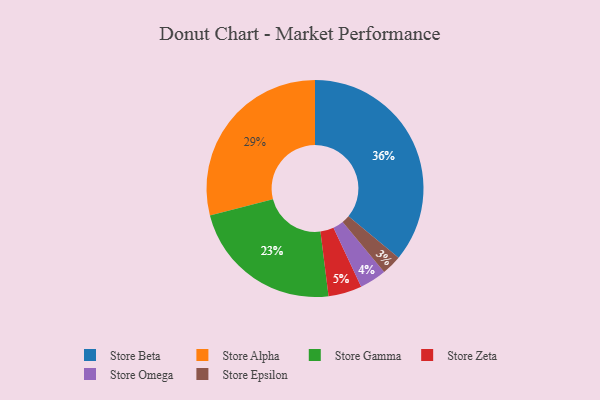
{"axis": {"x": "Category", "y": "Percentage"}, "legend": ["Store Alpha", "Store Beta", "Store Epsilon", "Store Gamma", "Store Omega", "Store Zeta"], "data": [{"x": "Store Gamma", "y": 23, "type": "Store Gamma"}, {"x": "Store Omega", "y": 4, "type": "Store Omega"}, {"x": "Store Alpha", "y": 29, "type": "Store Alpha"}, {"x": "Store Zeta", "y": 5, "type": "Store Zeta"}, {"x": "Store Epsilon", "y": 3, "type": "Store Epsilon"}, {"x": "Store Beta", "y": 36, "type": "Store Beta"}]}